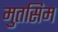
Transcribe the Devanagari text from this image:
मुतसिम